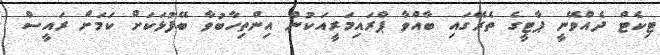
ޓިކެޓް ދެއްވޭނީ ޕާޓީގެ ތެރޭގައި ބާއްވާ ޕްރައިމަރީއަކުން އިންތިހާބުވާ ބޭފުޅަކަށް ކަމަށް ރައީސް